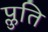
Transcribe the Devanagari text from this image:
प्लुति